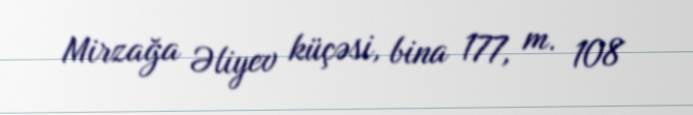
Mirzağa Əliyev küçəsi, bina 177, m. 108